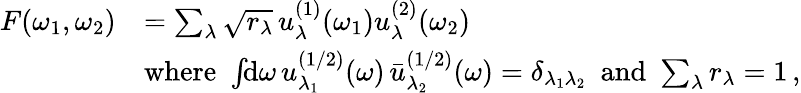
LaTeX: \begin{array}{rl}{F(\omega_{1},\omega_{2})}&{=\sum_{\lambda}\sqrt{r_{\lambda}}\, u_{\lambda}^{(1)}(\omega_{1})u_{\lambda}^{(2)}(\omega_{2})}\\ &{\mathrm{where}\, \, \int\! \! \mathrm{d}\omega\, u_{\lambda_{1}}^{(1/2)}(\omega)\, \bar{u}_{\lambda_{2}}^{(1/2)}(\omega)=\delta_{\lambda_{1}\lambda_{2}}\, \, \, \mathrm{and}\, \, \sum_{\lambda}r_{\lambda}=1\, ,}\end{array}